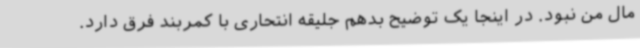
مال من نبود. در اینجا یک توضیح بدهم جلیقه انتحاری با کمربند فرق دارد.